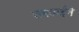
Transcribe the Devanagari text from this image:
समवाईने